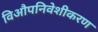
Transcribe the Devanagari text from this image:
विऔपनिवेशीकरण